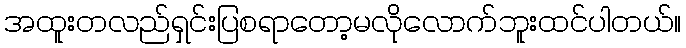
အထူးတလည်ရှင်းပြစရာတော့မလိုလောက်ဘူးထင်ပါတယ်။